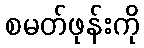
စမတ်ဖုန်းကို